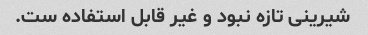
شیرینی تازه نبود و غیر قابل استفاده ست.